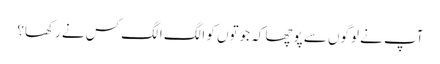
آپ نے لوگوں سے پوچھا کہ جوتوں کو الگ الگ کس نے رکھا؟